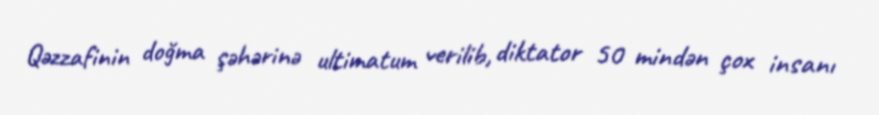
Qəzzafinin doğma şəhərinə ultimatum verilib, diktator 50 mindən çox insanı